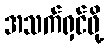
အသက်ရှင်ဖို့